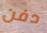
دفن